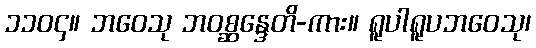
၁၁၀၄။ ဘဝေသု ဘဝစ္ဆန္ဒေတိ-ကား။ ရူပါရူပဘဝေသု၊